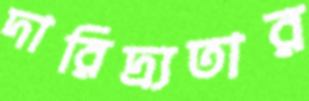
দারিদ্র্যতার